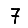
Digit: 7